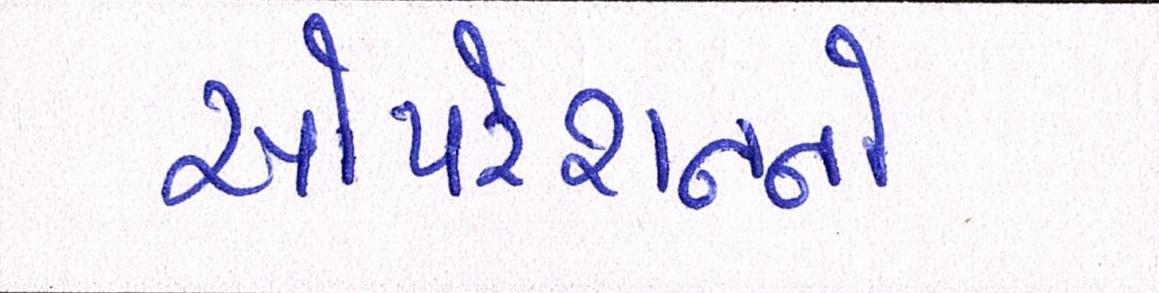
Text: ઓપરેશનનો